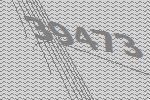
39473